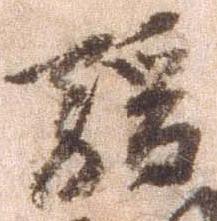
駿